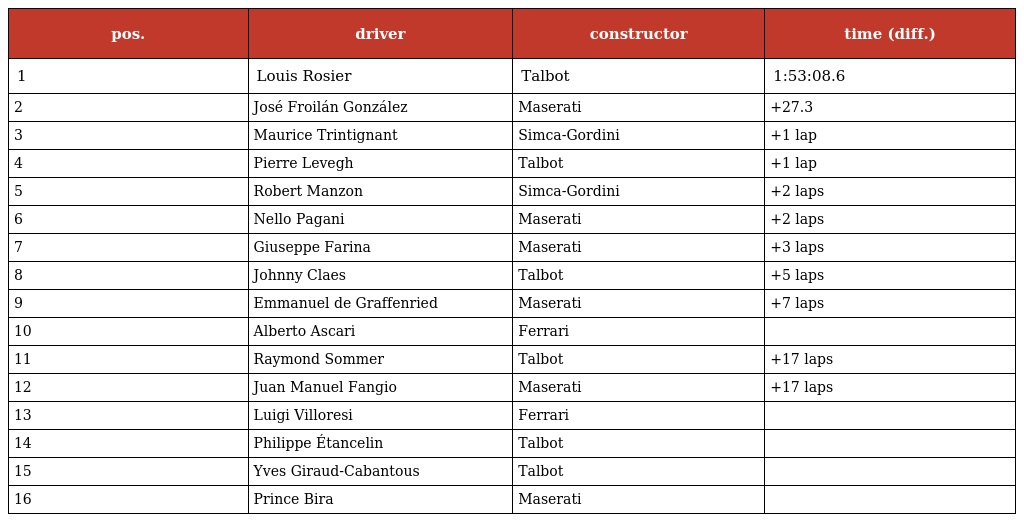
| pos. | driver | constructor | time (diff.) |
 | --- | --- | --- | --- |
 | 1 | Louis Rosier | Talbot | 1:53:08.6 |
 | 2 | José Froilán González | Maserati | +27.3 |
 | 3 | Maurice Trintignant | Simca-Gordini | +1 lap |
 | 4 | Pierre Levegh | Talbot | +1 lap |
 | 5 | Robert Manzon | Simca-Gordini | +2 laps |
 | 6 | Nello Pagani | Maserati | +2 laps |
 | 7 | Giuseppe Farina | Maserati | +3 laps |
 | 8 | Johnny Claes | Talbot | +5 laps |
 | 9 | Emmanuel de Graffenried | Maserati | +7 laps |
 | 10 | Alberto Ascari | Ferrari |  |
 | 11 | Raymond Sommer | Talbot | +17 laps |
 | 12 | Juan Manuel Fangio | Maserati | +17 laps |
 | 13 | Luigi Villoresi | Ferrari |  |
 | 14 | Philippe Étancelin | Talbot |  |
 | 15 | Yves Giraud-Cabantous | Talbot |  |
 | 16 | Prince Bira | Maserati |  |